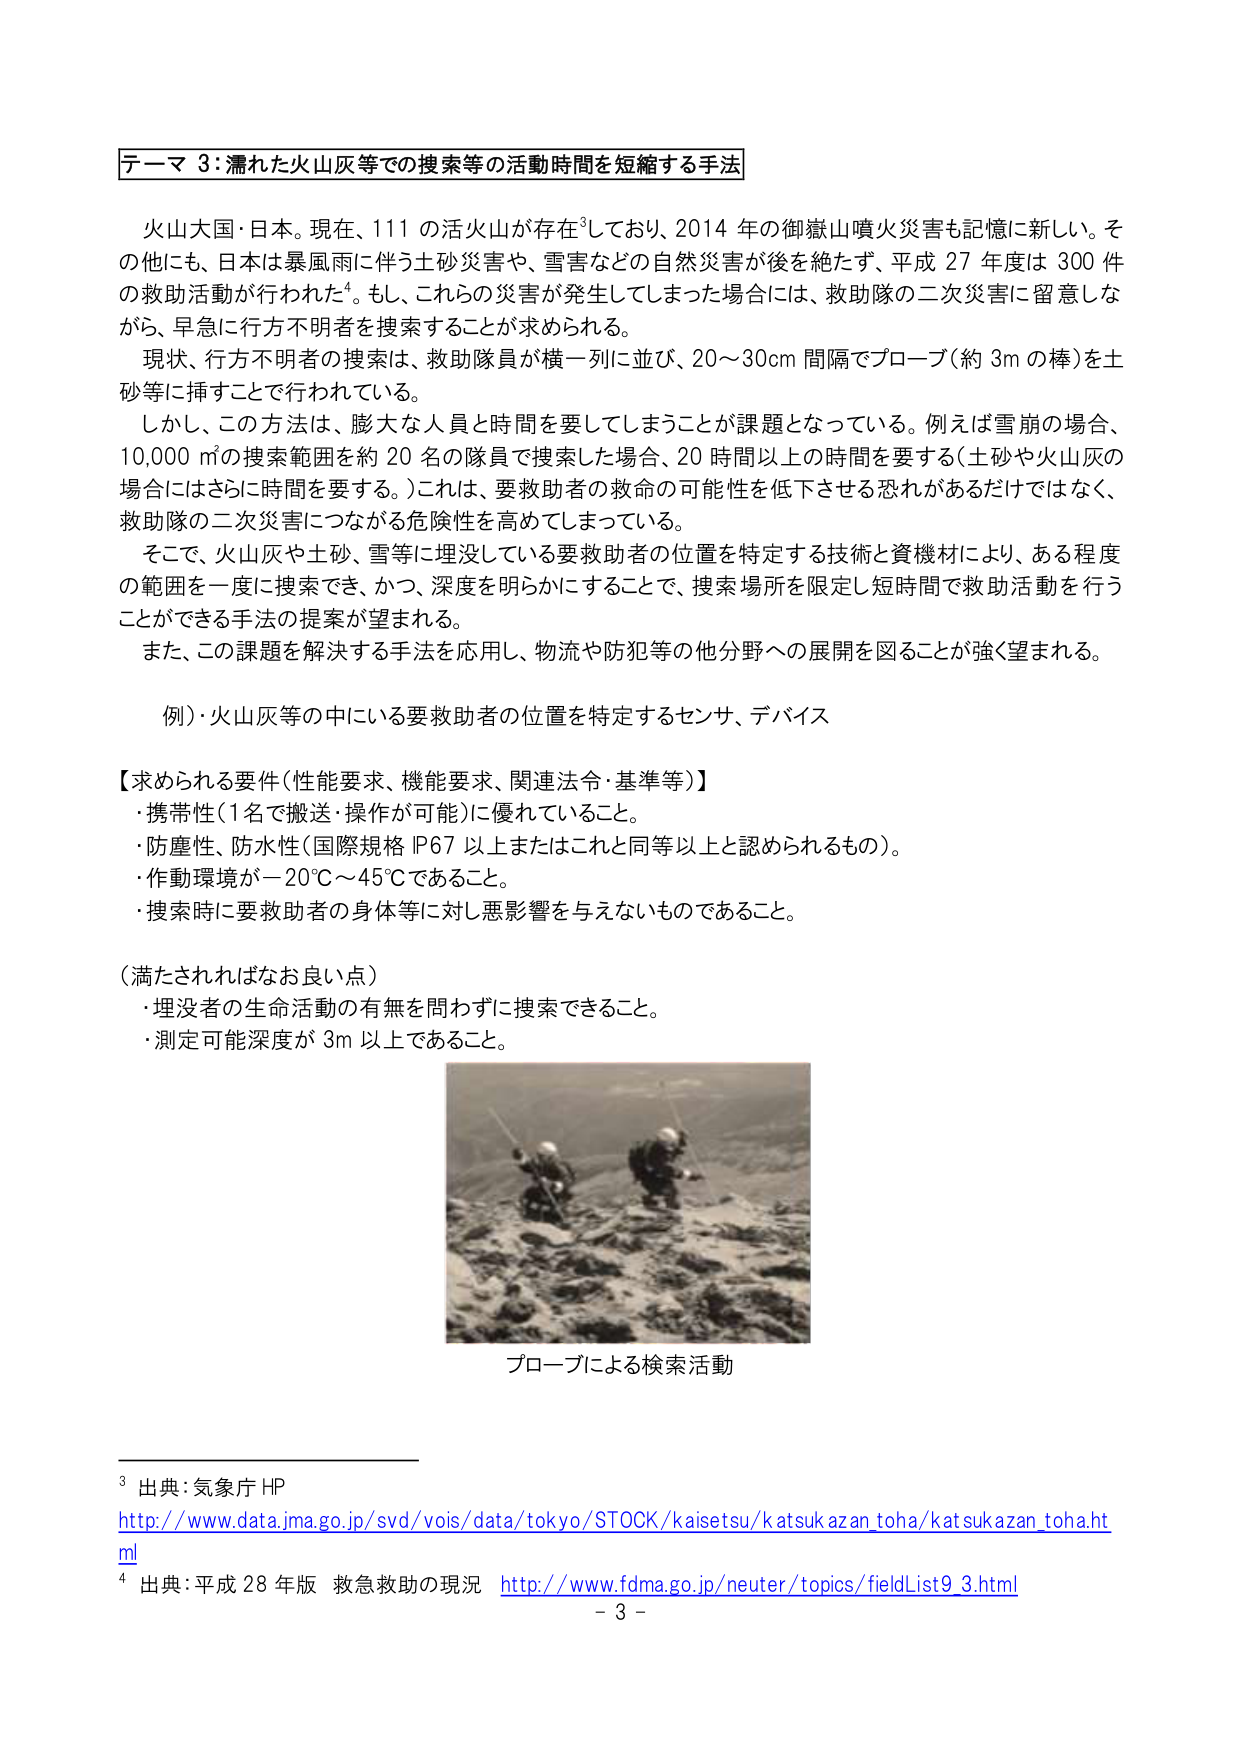
テーマ３：濡れた火山灰等での捜索等の活動時間を短縮する手法

火山大国・日本。現在、111の活火山が存在³しており、2014年の御嶽山噴火災害も記憶に新しい。その他にも、日本は暴風雨に伴う土砂災害や、雪害などの自然災害が後を絶たず、平成27年度は300件の救助活動が行われた⁴。もし、これらの災害が発生してしまった場合には、救助隊の二次災害に留意しながら、早急に行方不明者を捜索することが求められる。

現状、行方不明者の捜索は、救助隊員が横一列に並び、20～30cm間隔でプローブ（約3mの棒）を土砂等に挿すことで行われている。

しかし、この方法は、膨大な人員と時間を要してしまうことが課題となっている。例えば雪崩の場合、10,000㎡の捜索範囲を約20名の隊員で捜索した場合、20時間以上の時間を要する（土砂や火山灰の場合にはさらに時間を要する。）これは、要救助者の救命の可能性を低下させる恐れがあるだけではなく、救助隊の二次災害につながる危険性を高めてしまっている。

そこで、火山灰や土砂、雪等に埋没している要救助者の位置を特定する技術と資機材により、ある程度の範囲を一度に捜索でき、かつ、深度を明らかにすることで、捜索場所を限定し短時間で救助活動を行うことができる手法の提案が望まれる。

また、この課題を解決する手法を応用し、物流や防犯等の他分野への展開を図ることが強く望まれる。

例）火山灰等の中にいる要救助者の位置を特定するセンサ、デバイス

【求められる要件（性能要求、機能要求、関連法令・基準等）】
・携帯性（1名で搬送・操作が可能）に優れていること。
・防塵性、防水性（国際規格IP67以上またはこれと同等以上と認められるもの）。
・作動環境が－20℃～45℃であること。
・捜索時に要救助者の身体等に対し悪影響を与えないものであること。

（満たされればなお良い点）
・埋没者の生命活動の有無を問わず捜索できること。
・測定可能深度が3m以上であること。

プローブによる検索活動

³ 出典：気象庁 HP
http://www.data.jma.go.jp/svd/vois/data/tokyo/STOCK/kaisetsu/katsukazan_toha/katsukazan_toha.html

⁴ 出典：平成28年版 救急救助の現況 http://www.fdma.go.jp/neuter/topics/fieldList9_3.html

－ 3 －